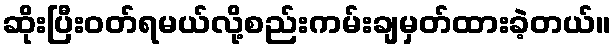
ဆိုးပြီးဝတ်ရမယ်လို့စည်းကမ်းချမှတ်ထားခဲ့တယ်။